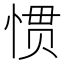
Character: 惯